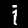
Label: 1